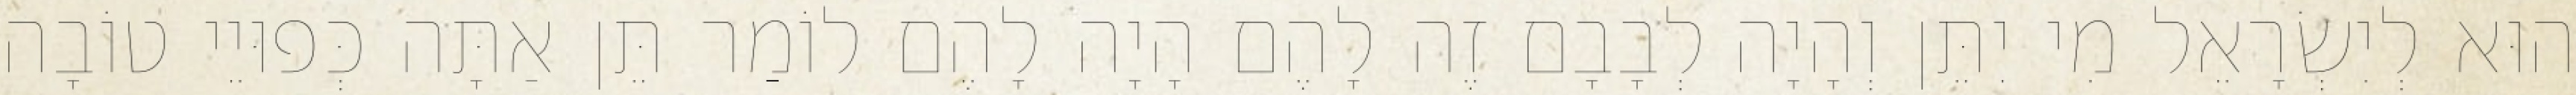
הוּא לְיִשְׂרָאֵל מִי יִתֵּן וְהָיָה לְבָבָם זֶה לָהֶם הָיָה לָהֶם לוֹמַר תֵּן אַתָּה כְּפוּיֵי טוֹבָה